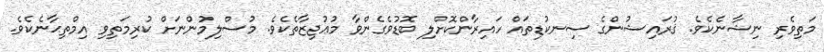
މަތިވެރި ނިޝާނެކެވެ. ޤުރައިޝުންގެ ސިނކުޑިތައް ހައިރާންކޮށްލި ބޮޑުވެގެންވާ މުޢުޖިޒާތެކެވެ. މުސްލިމުންނަށް ކުރިމަތިވި އިމްތިޙާނެކެވެ.